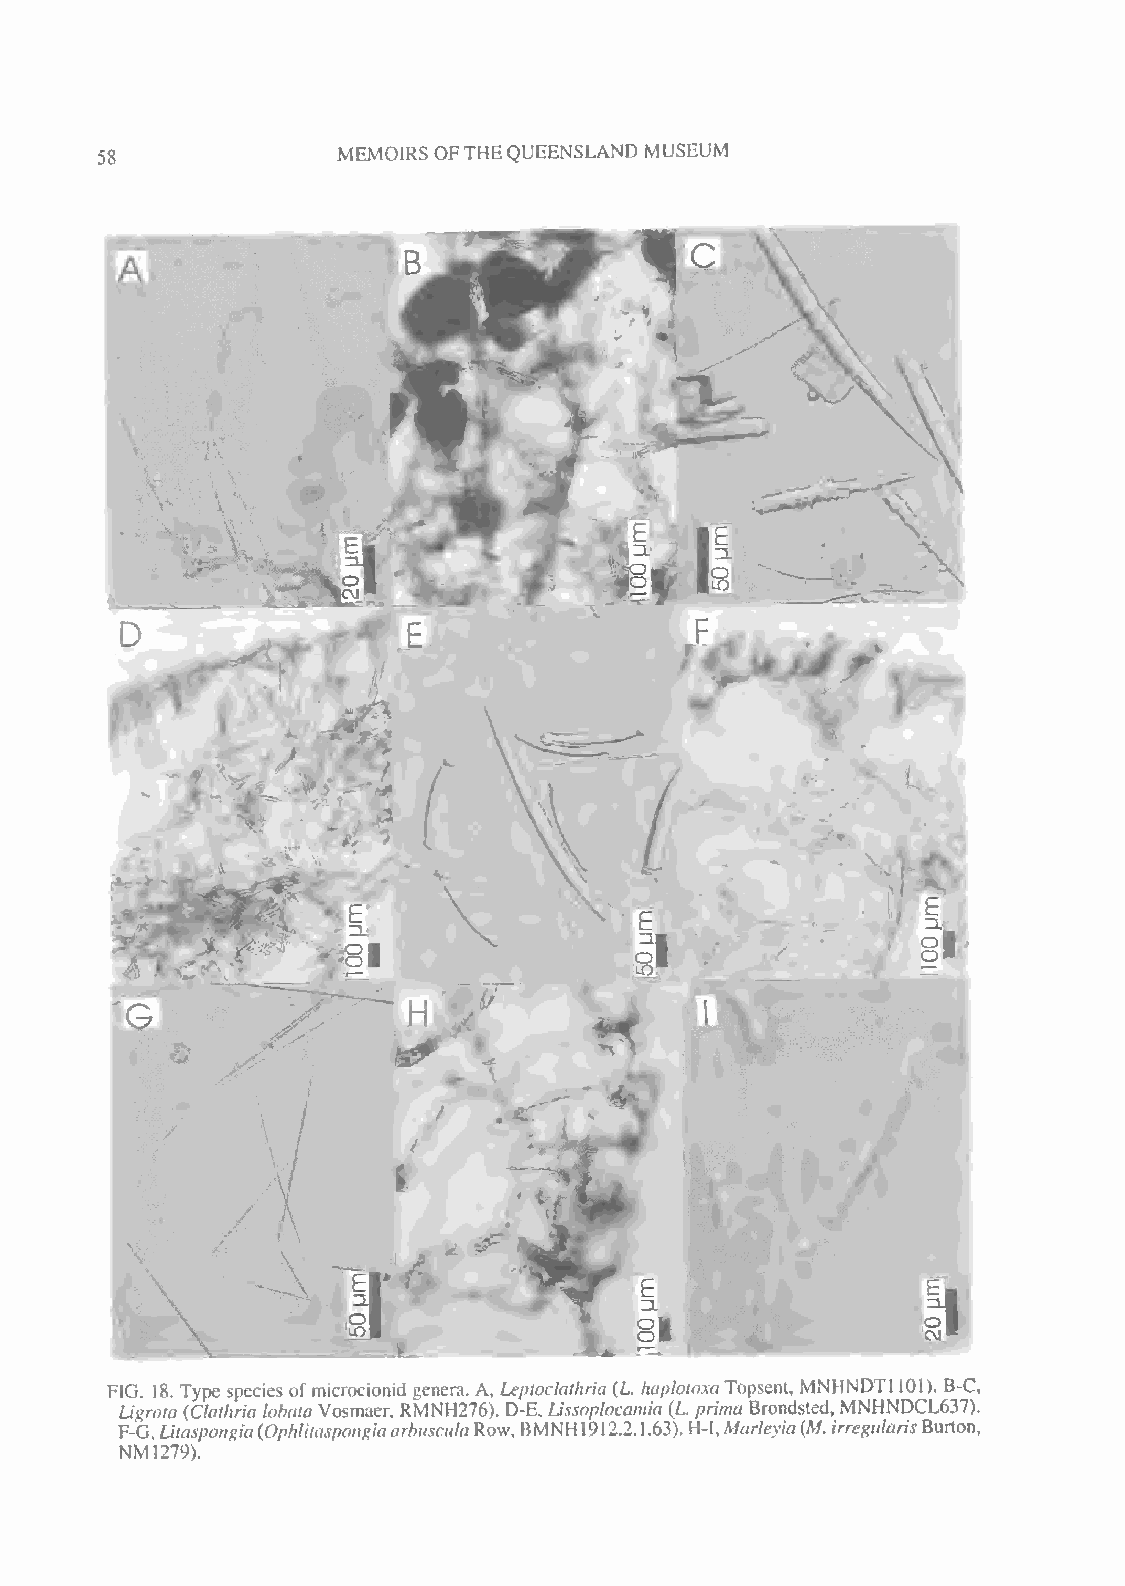
MEMOIRS OFTHEQUEENSLAND MUSEUM
 58
 I
 i
 'snA
 U
 f
 10                 o
 FIG. 18. Type species ofmicrocionid genera. A, Leptoclathria (L haplotoxaTopsent, MNHNDT1 101). B-C,
 Ligrota (Clathria lobaiaVosmaer. RMNH276). D-E, Lissoplocamia {L. prima Brondsted, MNHNDCL637).
 F-G,Litaspongia(OphlitaspongiaarbusculaRow,BMNH 19 12.2.1.63). H-I,Marleyia(M. irregularisBurton,
 NM1279).